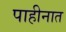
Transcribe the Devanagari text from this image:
पाहीनात